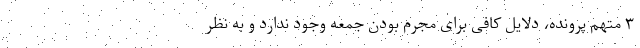
۳ متهم پرونده، دلایل کافی برای مجرم بودن جمعه وجود ندارد و به نظر